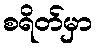
စရိတ်မှာ